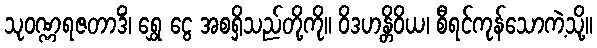
သုဝဏ္ဏရဇတာဒိံ၊ ရွှေ ငွေ အစရှိသည်တို့ကို။ ဝိဒဟန္တိဝိယ၊ စီရင်ကုန်သောကဲ့သို့။